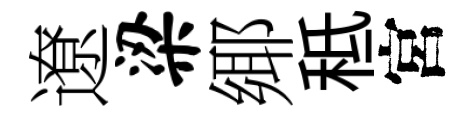
遼梁鄊秪宮